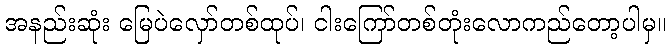
အနည်းဆုံး မြေပဲလှော်တစ်ထုပ်၊ ငါးကြော်တစ်တုံးလောကည်တော့ပါမှ။